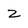
Character: z